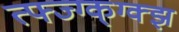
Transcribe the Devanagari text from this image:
त्फ्ज्ग्क्ग्क्झ